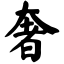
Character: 奢